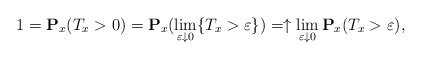
\begin{align*}1=\mathbf{P}_x(T_x>0)=\mathbf{P}_x(\lim_{\varepsilon\downarrow 0} \{T_x>\varepsilon\})=\uparrow \lim_{\varepsilon\downarrow 0} \mathbf{P}_x(T_x>\varepsilon),\end{align*}